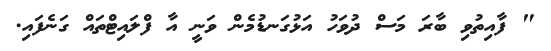
" ފާއިތުވި ބާރަ މަސް ދުވަހު އަޅުގަނޑުމެން ވަނީ އާ ފްލައިޓްތައް ގަނެފައި.